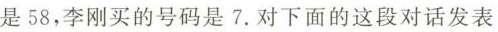
是58，李刚买的号码是7.对下面的这段对话发表